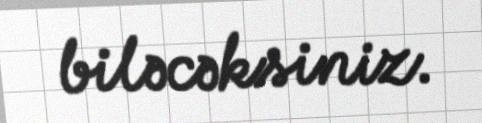
biləcəksiniz.